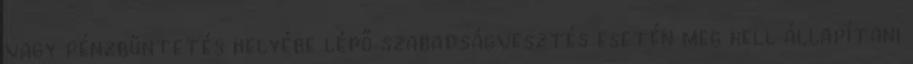
vagy pénzbüntetés helyébe lépő szabadságvesztés esetén meg kell állapítani